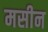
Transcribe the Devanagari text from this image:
मसीन